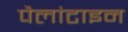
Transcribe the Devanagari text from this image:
पैलांटाइन